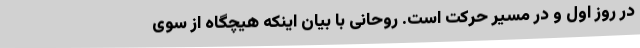
در روز اول و در مسیر حرکت است. روحانی با بیان اینکه هیچگاه از سوی